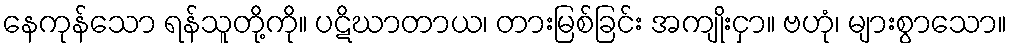
နေကုန်သော ရန်သူတို့ကို။ ပဋိဃာတာယ၊ တားမြစ်ခြင်း အကျိုးငှာ။ ဗဟုံ၊ များစွာသော။